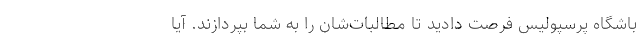
باشگاه پرسپولیس فرصت دادید تا مطالبات‌شان را به شما بپردازند. آیا